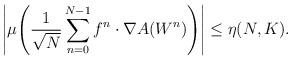
LaTeX: \begin{align*}\left|\mu\!\left(\frac{1}{\sqrt{N}}\sum_{n=0}^{N-1} f^n \cdot \nabla A(W^n)\right)\right| \leq \eta(N,K).\end{align*}